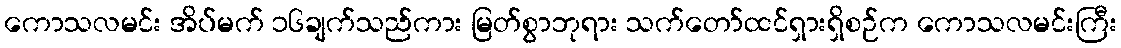
ကောသလမင်း အိပ်မက် ၁၆ချက်သည်ကား မြတ်စွာဘုရား သက်တော်ထင်ရှားရှိစဉ်က ကောသလမင်းကြီး